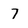
Character: 7